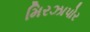
મિરઝાપોર